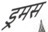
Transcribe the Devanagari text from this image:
ड्रमस